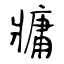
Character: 牅